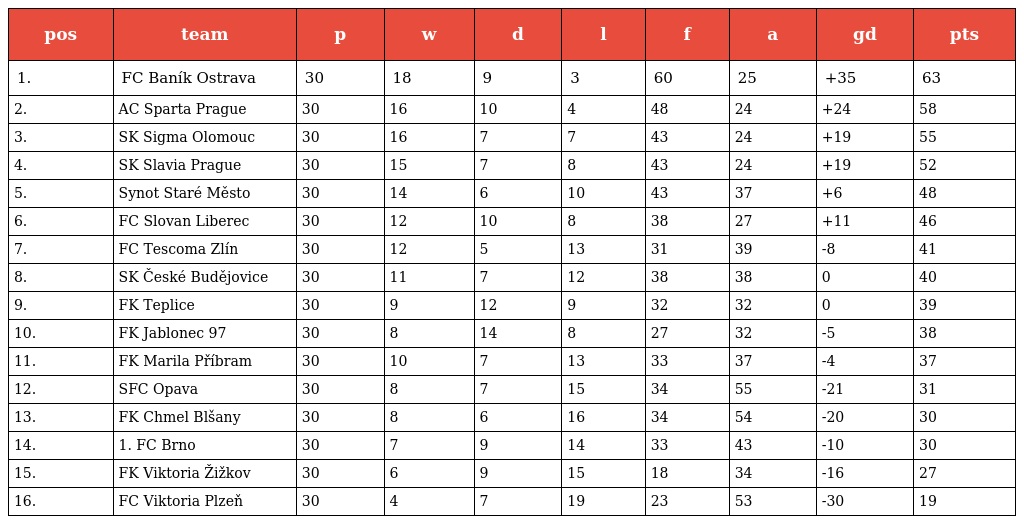
| pos | team | p | w | d | l | f | a | gd | pts |
 | --- | --- | --- | --- | --- | --- | --- | --- | --- | --- |
 | 1. | FC Baník Ostrava | 30 | 18 | 9 | 3 | 60 | 25 | +35 | 63 |
 | 2. | AC Sparta Prague | 30 | 16 | 10 | 4 | 48 | 24 | +24 | 58 |
 | 3. | SK Sigma Olomouc | 30 | 16 | 7 | 7 | 43 | 24 | +19 | 55 |
 | 4. | SK Slavia Prague | 30 | 15 | 7 | 8 | 43 | 24 | +19 | 52 |
 | 5. | Synot Staré Město | 30 | 14 | 6 | 10 | 43 | 37 | +6 | 48 |
 | 6. | FC Slovan Liberec | 30 | 12 | 10 | 8 | 38 | 27 | +11 | 46 |
 | 7. | FC Tescoma Zlín | 30 | 12 | 5 | 13 | 31 | 39 | -8 | 41 |
 | 8. | SK České Budějovice | 30 | 11 | 7 | 12 | 38 | 38 | 0 | 40 |
 | 9. | FK Teplice | 30 | 9 | 12 | 9 | 32 | 32 | 0 | 39 |
 | 10. | FK Jablonec 97 | 30 | 8 | 14 | 8 | 27 | 32 | -5 | 38 |
 | 11. | FK Marila Příbram | 30 | 10 | 7 | 13 | 33 | 37 | -4 | 37 |
 | 12. | SFC Opava | 30 | 8 | 7 | 15 | 34 | 55 | -21 | 31 |
 | 13. | FK Chmel Blšany | 30 | 8 | 6 | 16 | 34 | 54 | -20 | 30 |
 | 14. | 1. FC Brno | 30 | 7 | 9 | 14 | 33 | 43 | -10 | 30 |
 | 15. | FK Viktoria Žižkov | 30 | 6 | 9 | 15 | 18 | 34 | -16 | 27 |
 | 16. | FC Viktoria Plzeň | 30 | 4 | 7 | 19 | 23 | 53 | -30 | 19 |